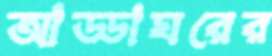
আড্ডাঘরের